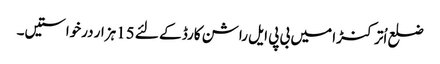
ضلع اُترکنڑا میں بی پی ایل راشن کارڈ کے لئے 15ہزار درخواستیں۔